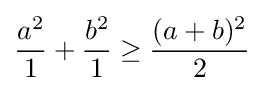
{\frac {a^{2}}{1}}+{\frac {b^{2}}{1}}\geq {\frac {(a+b)^{2}}{2}}